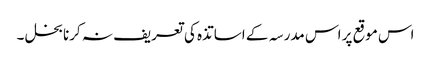
اس موقع پر اس مدرسہ کے اساتذہ کی تعریف نہ کرنا بخل ۔